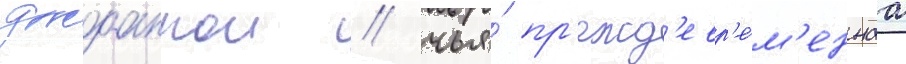
джоаннои / чья́ пр'ежд'евр'е́м'еннаа